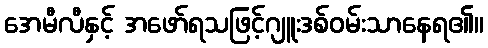
အေမီလီနှင့် အဖော်ရသဖြင့်ဂျူးဒစ်ဝမ်းသာနေရ၏။